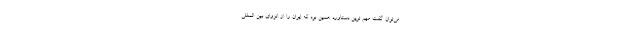
می‌توان گفت مهم ترین دستاورد همین بود که ایران را از انزوای بین المللی